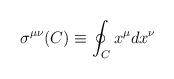
LaTeX: \begin{align*}\sigma^{\mu\nu}(C)\equiv \oint_C x^\mu dx^\nu\end{align*}